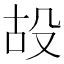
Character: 𣪇